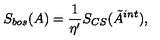
S _ { b o s } ( A ) = \frac 1 { \eta ^ { \prime } } S _ { C S } ( \tilde { A } ^ { i n t } ) ,